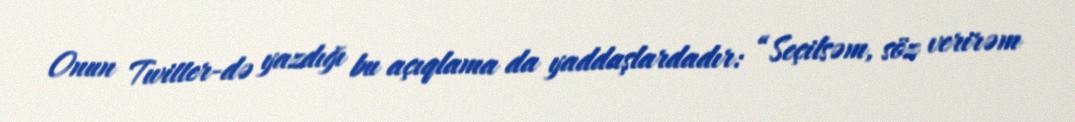
Onun Twitter-də yazdığı bu açıqlama da yaddaşlardadır: “Seçilsəm, söz verirəm